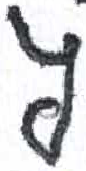
אות: ץ